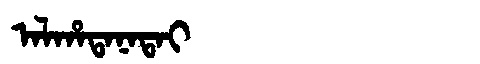
Manchu: ᠠᠯᡥᠠᡨᠠᠨᠠᡨᠠᡳ
Romanization: ALHATANATAI